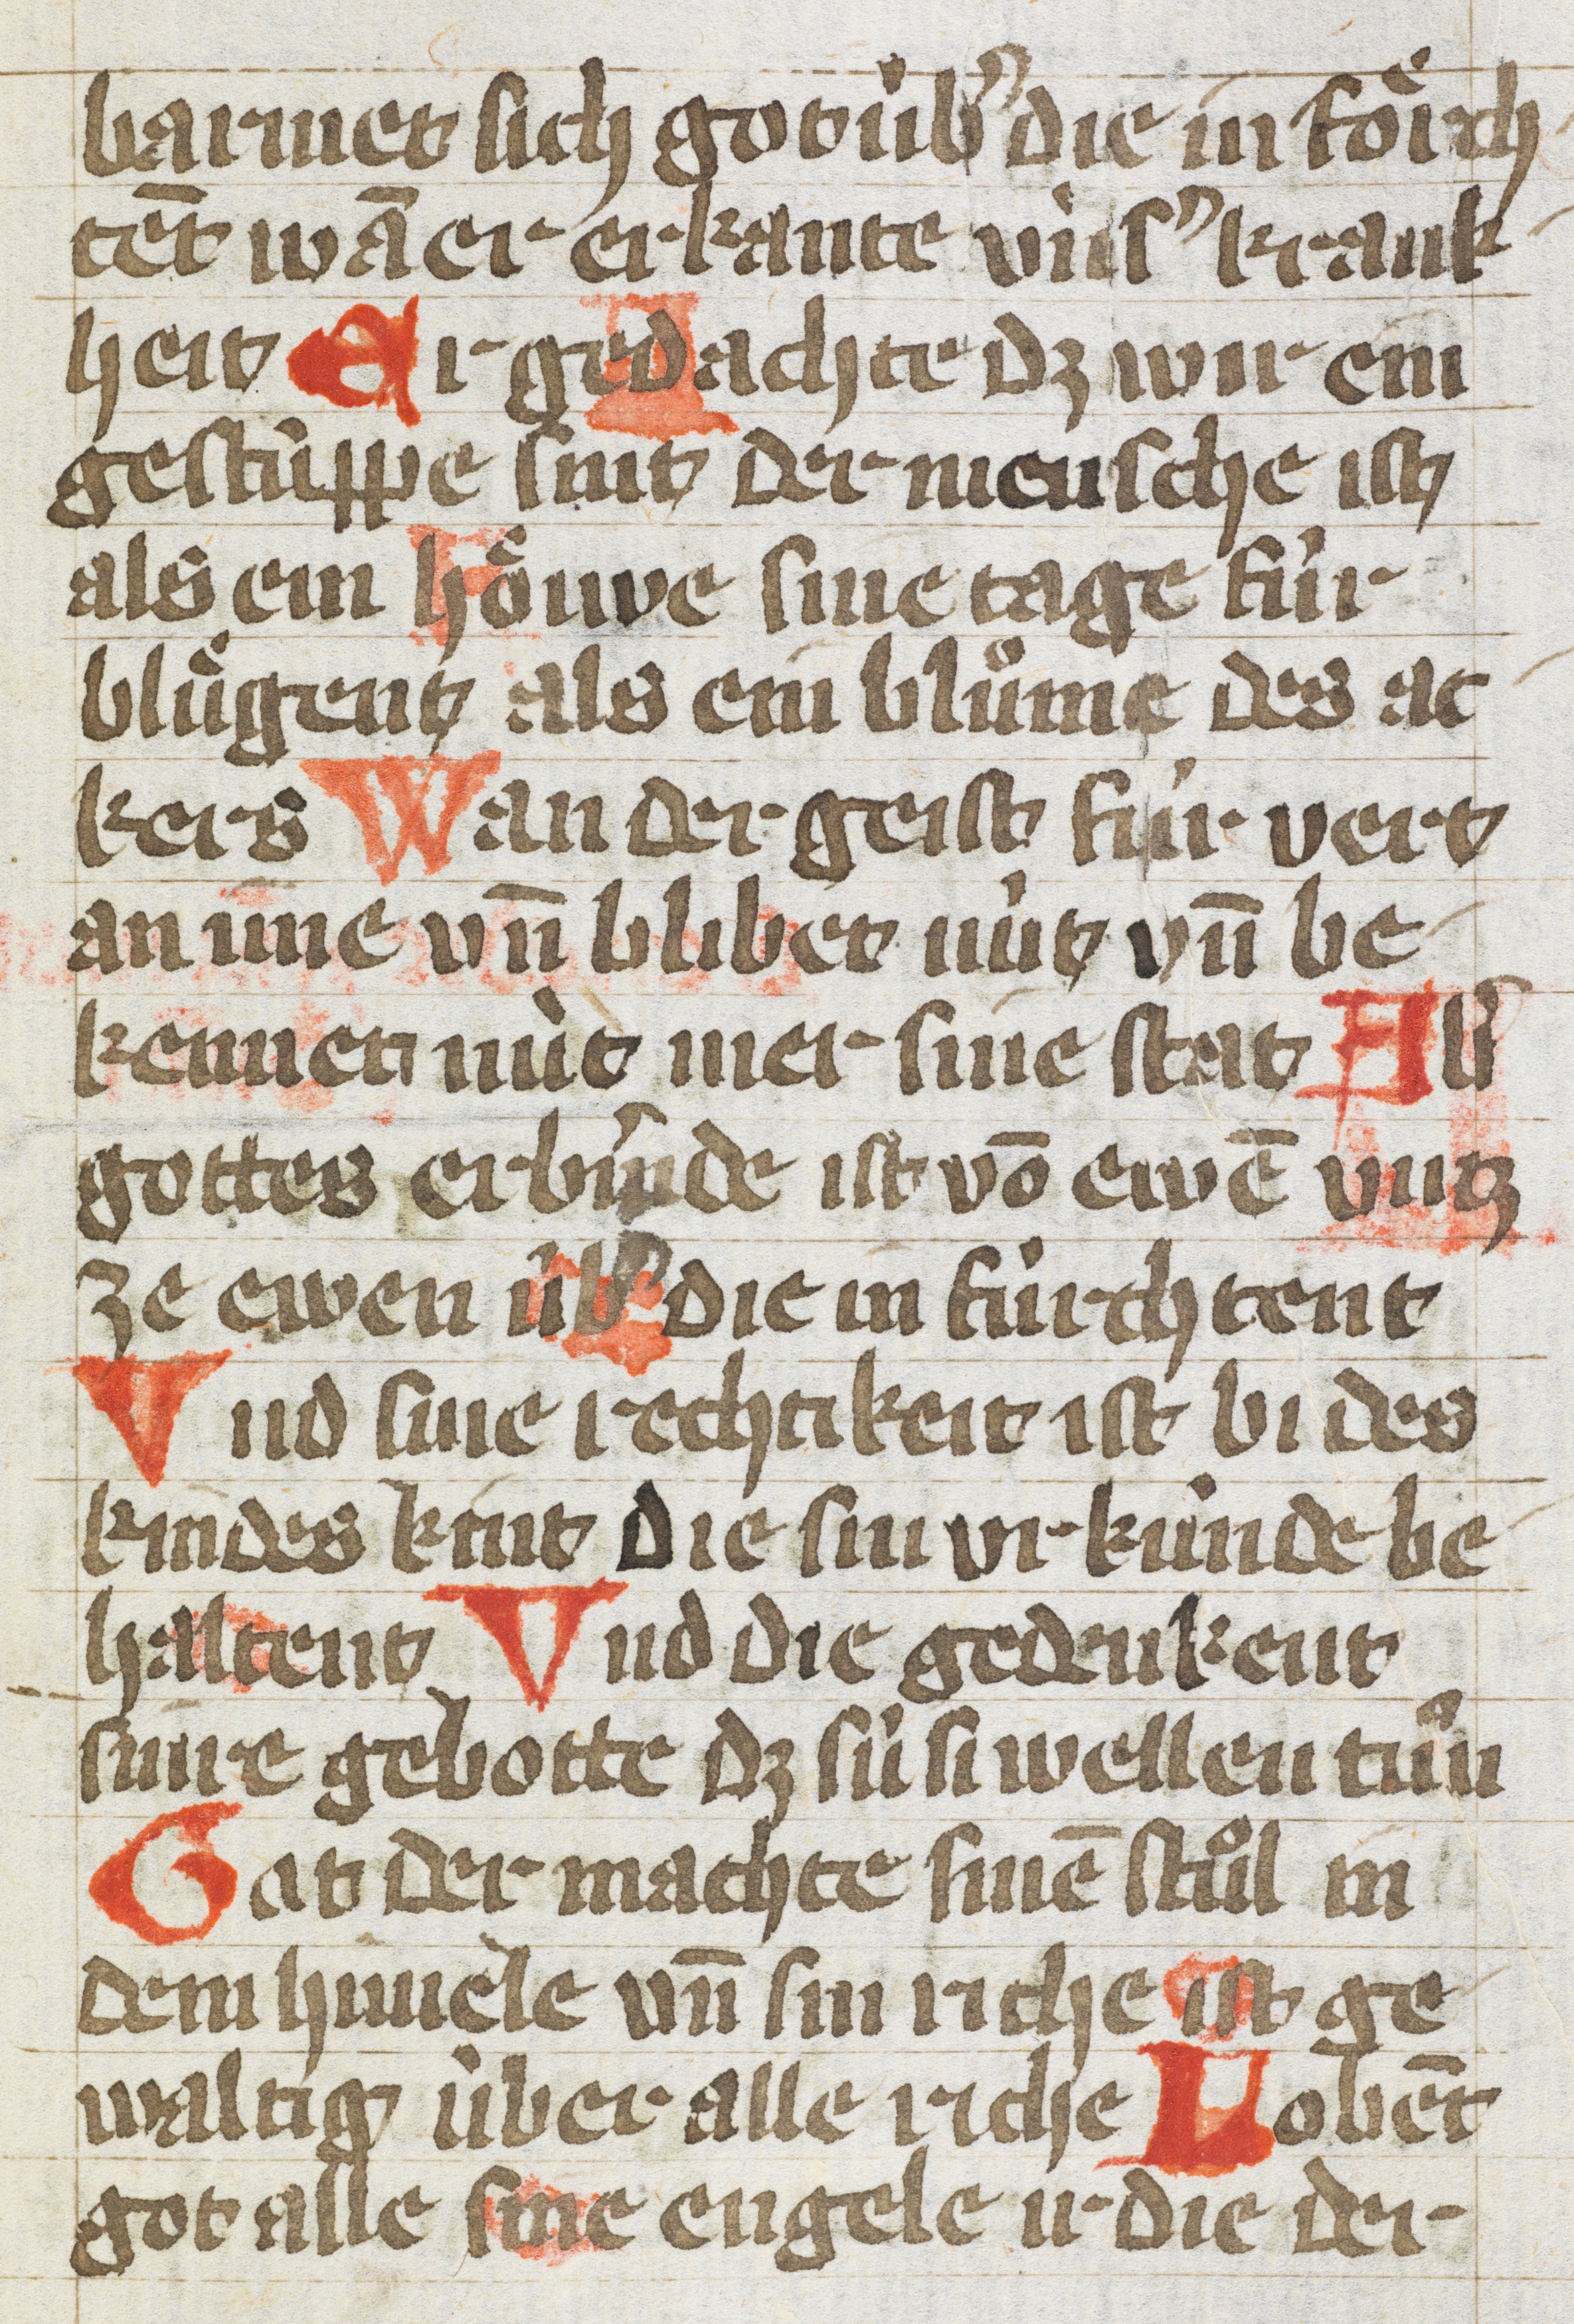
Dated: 1400–1430